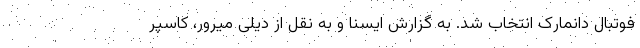
فوتبال دانمارک انتخاب شد. به گزارش ایسنا و به نقل از دیلی میرور، کاسپر